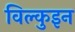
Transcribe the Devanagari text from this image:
विल्कुइन